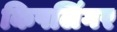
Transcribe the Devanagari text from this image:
किपलिंगर